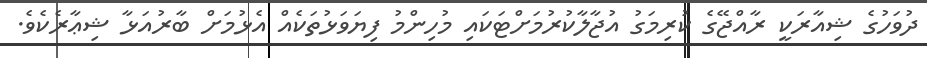
ދުވަހުގެ ޝިއާރަކީ ރާއްޖޭގެ ކުރިމަގު އުޖާލާކުރުމަށްޓަކައި މުހިންމު ފިޔަވަޅުތަކެއް އެޅުމަށް ބާރުއަޅާ ޝިޢާރެކެވެ.